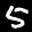
Label: 5